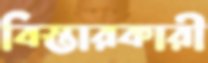
বিস্তারকারী